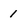
Character: 1